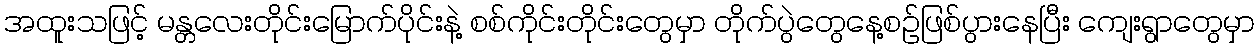
အထူးသဖြင့် မန္တလေးတိုင်းမြောက်ပိုင်းနဲ့ စစ်ကိုင်းတိုင်းတွေမှာ တိုက်ပွဲတွေနေ့စဉ်ဖြစ်ပွားနေပြီး ကျေးရွာတွေမှာ